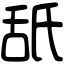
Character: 舐